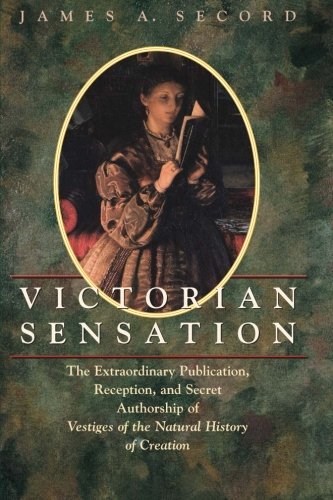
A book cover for Victorian Sensation: The Extraordinary Publication, Reception, and Secret Authorship of Vestiges of the Natural History of Creation; James A. Secord; Christian Books & Bibles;